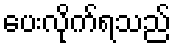
ပေးလိုက်ရသည်